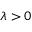
\lambda > 0